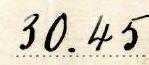
30.45